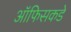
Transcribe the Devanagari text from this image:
ऑफिसकडे